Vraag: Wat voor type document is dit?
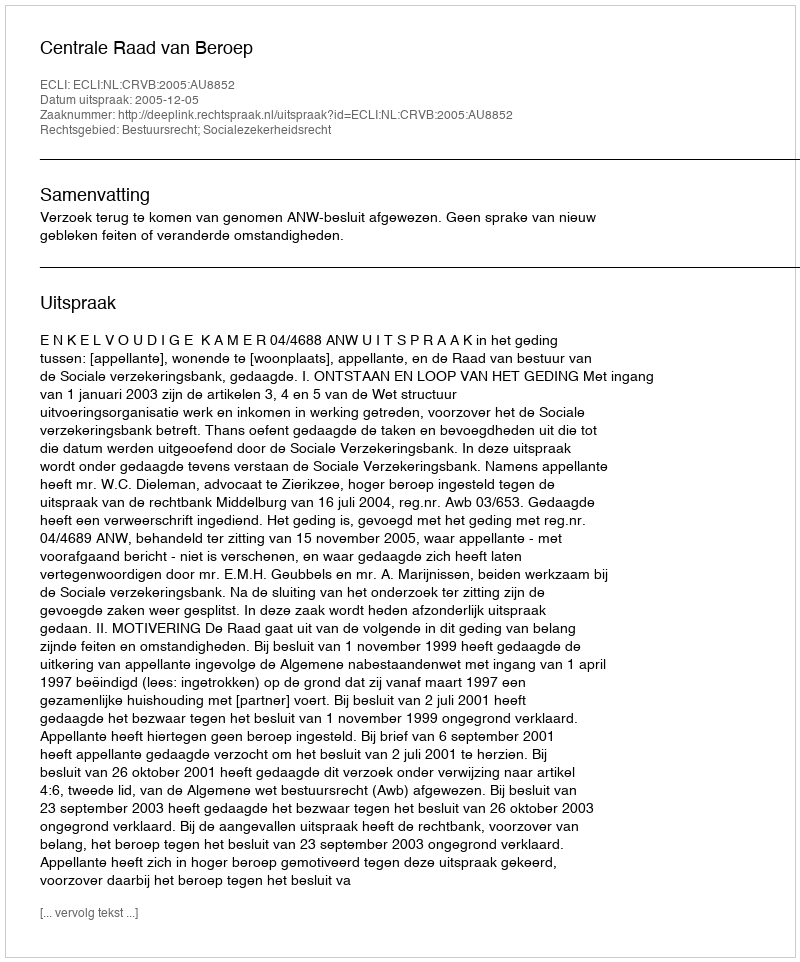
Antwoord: Uitspraak